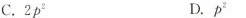
C.2p^{2} D.p^{2}